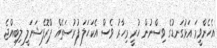
އެހެންވީމަ އަޅުގަނޑުގެ ވިސްނުން ހުރީ މިހާރު ވެސް އެކަހަލަ ފުރުސަތެއް ޕްރޮފެޝަނަލީ ލިބިއްޖެ